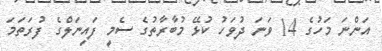
އަންނަ މަހުގެ 14 ވަނަ ދުވަހު ކުޅޭ މުބާރާތުގެ ސެމީ ފައިނަލްގެ ފުރަތަމަ